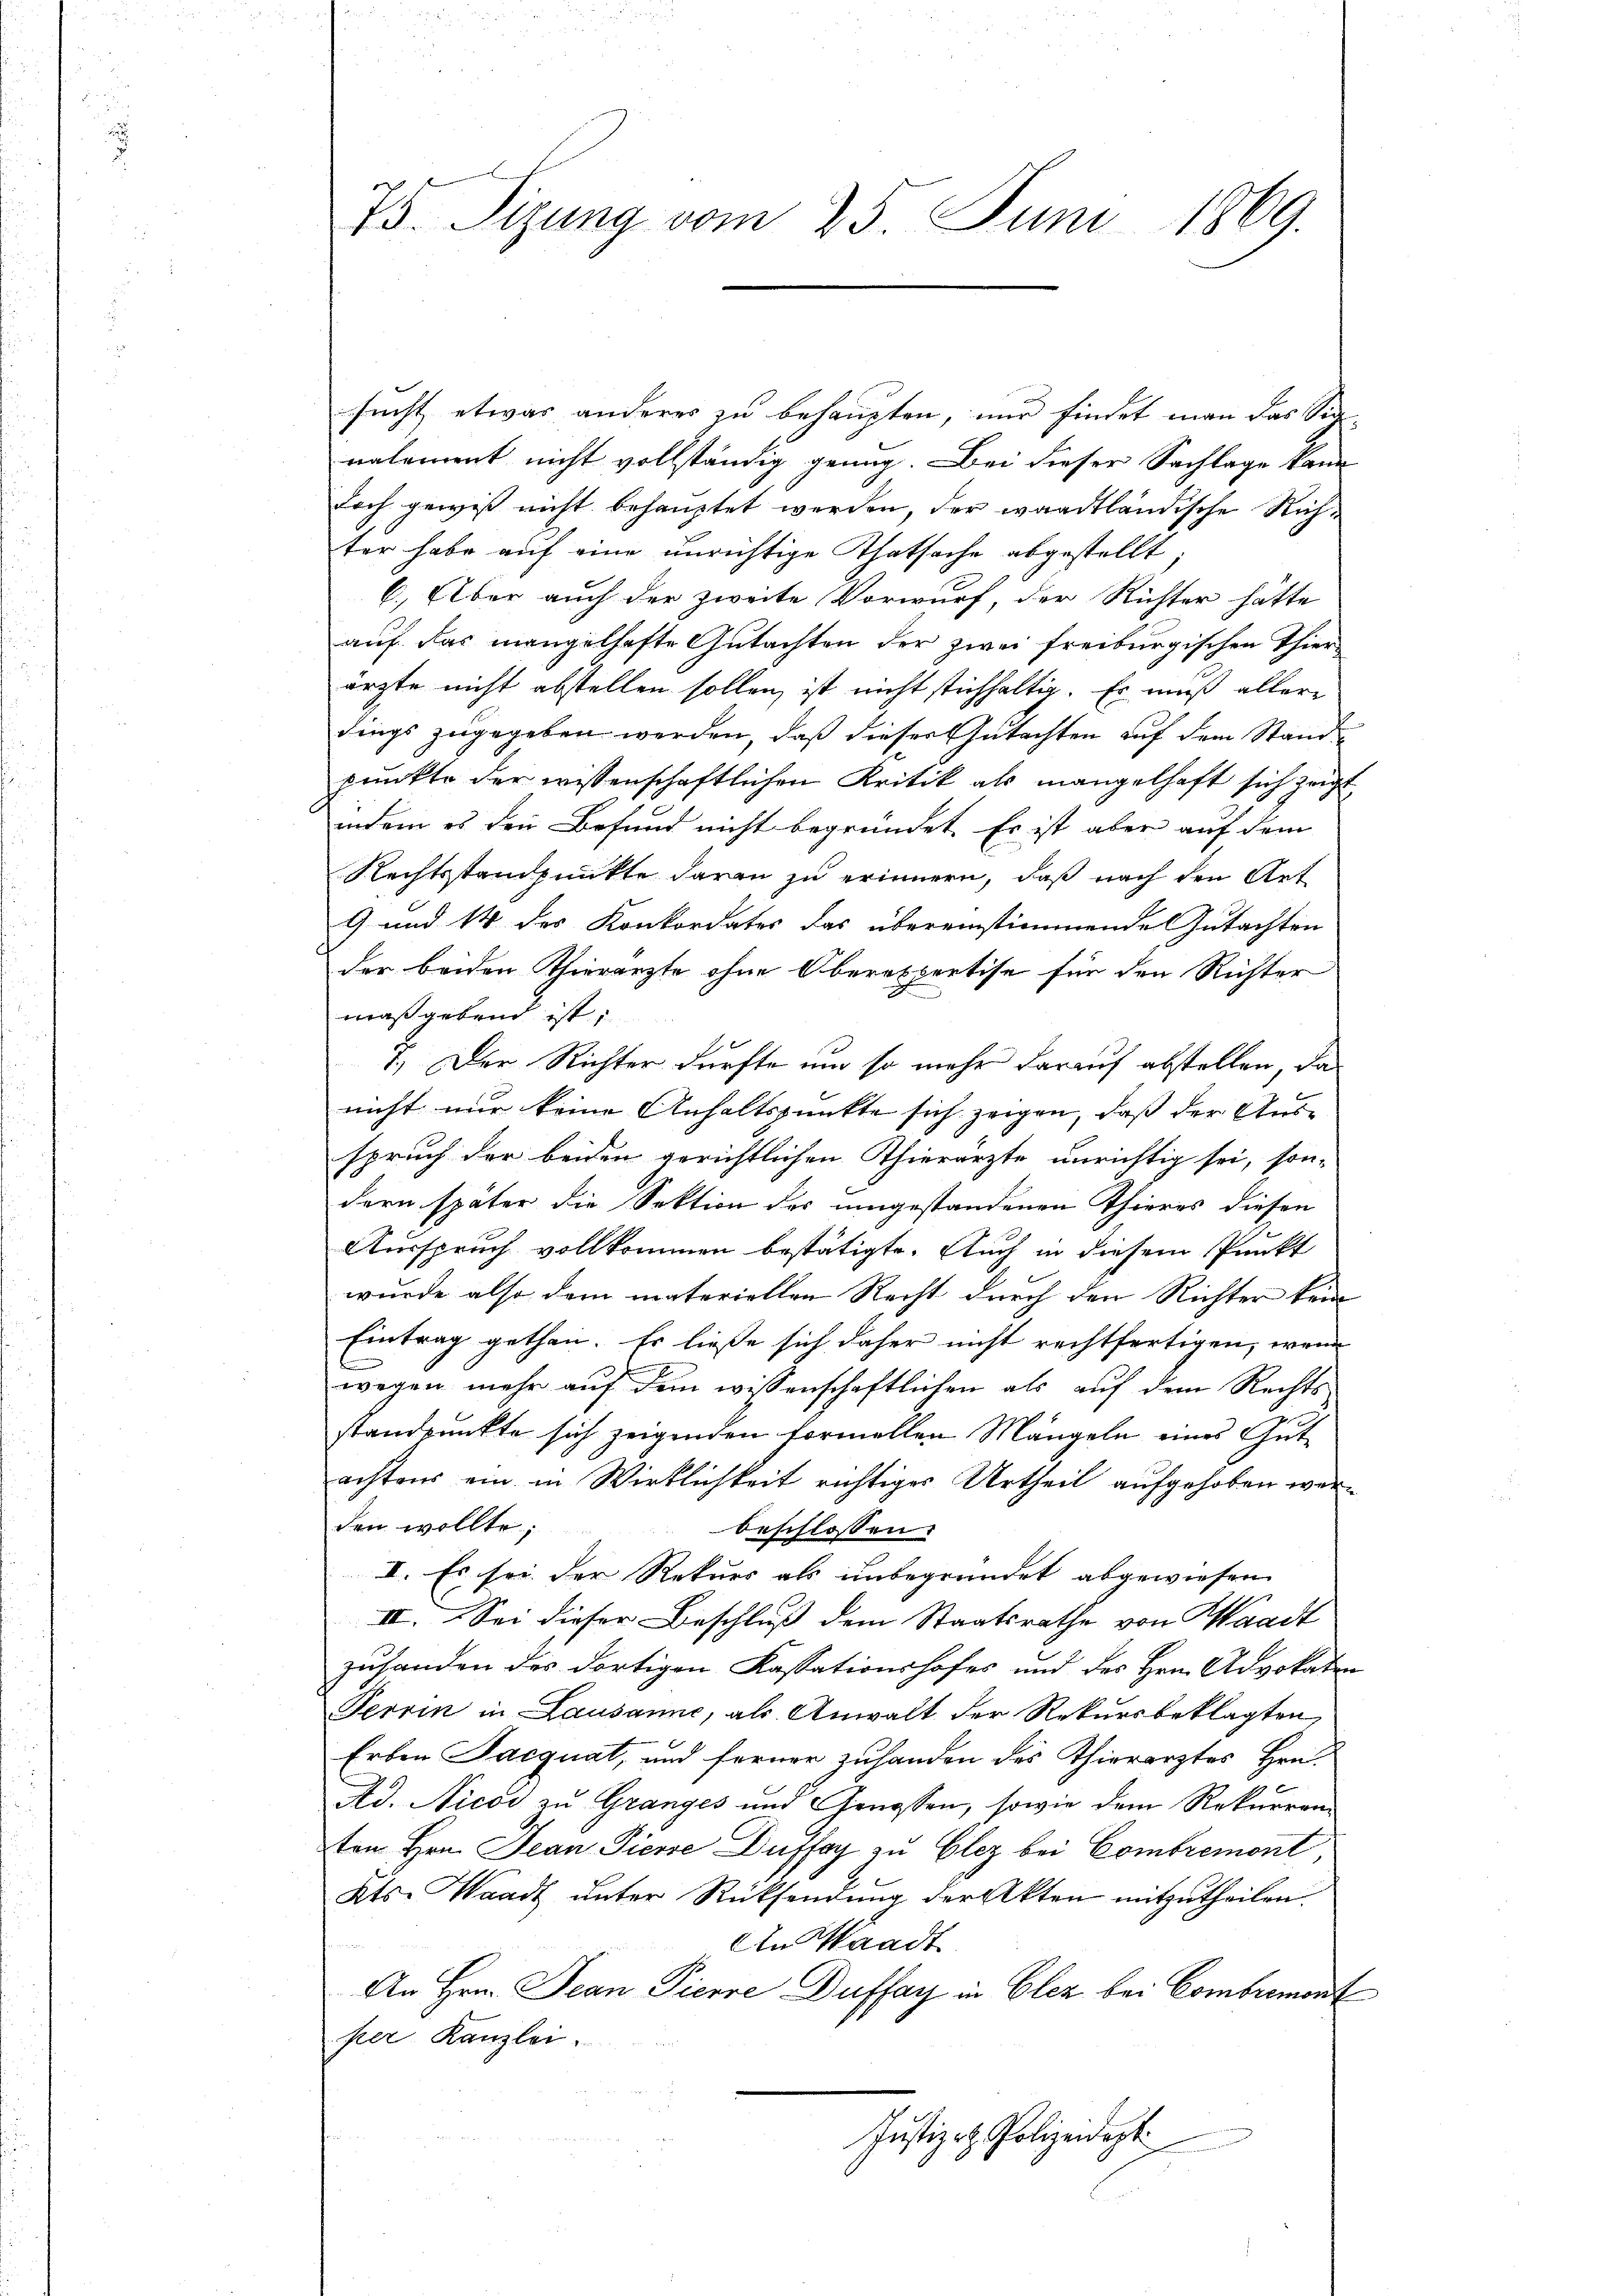
75. Sitzung vom 25. Juni 1869.

sucht, etwas anderes zu behaupten, nur findet man das Sin-
nalement nicht vollständig genug. Bei dieser Sachlage kann
doch gewiß nicht behauptet werden, der waadtländische Richter habe auf eine unrichtige Thatsache abgestellt,
6.) Aber auch der zweite Vorwurf, der Richter hätte
auf das mangelhafte Gutachten der zwei freiburgischen Thierärzte nicht abstellen sollen, ist nicht stichhaltig. Er muß allere
dings zugegeben werden, daß dieser Gutachten auf dem Stande
punkte der wissenschaftlichen Kritik als mangelhaft sich zeigt
indem es den Befund nicht begründet. Es ist aber auf dem
Rechtsstandpunkte daran zu erinnern, daß nach den Art
9 und 14 des Konkordates das übereinstimmende Gutachten
der beiden Thierärzte ohne Oberexpertise für den Richter
maßgebend ist;
1.) Der Richter dürfte um so mehr darauf abstellen, da
nicht nur keine Anhaltspunkte sich zeigen, daß der Ausspruch der beiden gerichtlichen Thierärzte unrichtig sei, son-
dern später die Sektion des umgestandenen Thieres diesen
Ausspruch vollkommen bestätigte. Auch in diesem Punkt
wurde also dem materiellen Recht durch den Richter kein
Eintrag gethan. Es ließe sich daher nicht rechtfertigen, wenn
wegen mehr auf dem wissenschaftlichen als auf dem Rechts
standpunkte sich zeigenden formellen Mängeln eines Gutachtens ein in Wirklichkeit richtiges Urtheil aufgehoben werden wollte;
beschlossen
I. Es sei der Rekurs als unbegründet abgewiesen
IV. Sei dieser Beschluss dem Staatsrathe von Waadt
zuhanden des dortigen Kassationshofes und des Hrn. Advokaten
Terrin in Lausanne, als Anwalt der Rekursbeklagten,
Erben Jacquat, und ferner zuhanden des Thierarztes Hrn.
Ad. Nicos zu Granges und Genossen, sowie dem Rekurrenz
ten Hrn. Jean Pierse Dufay zu Clez bei Combremont,
Kts. Waadt unter Rücksendung der Akten mitzutheilen.

An Waadt
An Hrn. Jean Pierre Duffay in Elez bei Combremont
per Kanzlei.
Justiz - Polizeidept